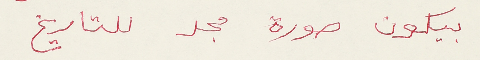
بيكون صورة مجد للتاريخ